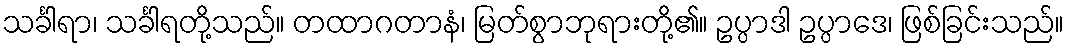
သင်္ခါရာ၊ သင်္ခါရတို့သည်။ တထာဂတာနံ၊ မြတ်စွာဘုရားတို့၏။ ဥပ္ပာဒါ ဥပ္ပာဒေ၊ ဖြစ်ခြင်းသည်။